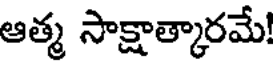
ఆత్మ సాక్షాత్కారమే!